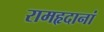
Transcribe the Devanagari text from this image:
रामहृदानां